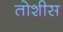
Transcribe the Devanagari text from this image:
तोशीस